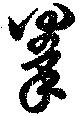
拳